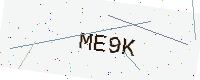
Text: ME9K